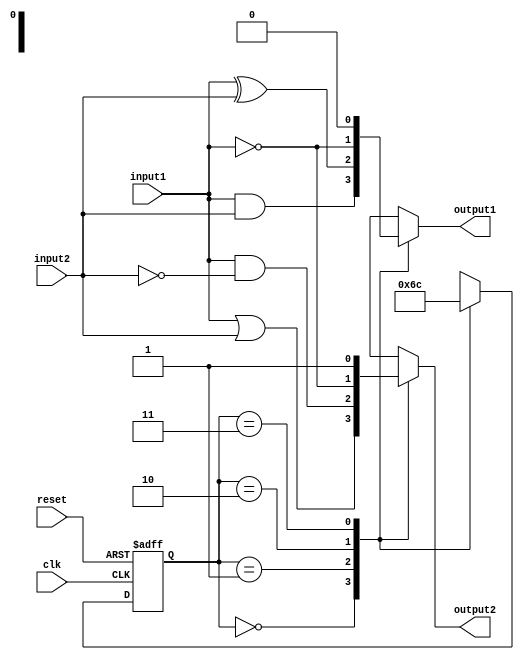
module Moore_State_Machine (
    input wire clk,
    input wire reset,
    input wire input1,
    input wire input2,
    output reg output1,
    output reg output2
);

// Define states
parameter S0 = 2'b00;
parameter S1 = 2'b01;
parameter S2 = 2'b10;
parameter S3 = 2'b11;

// Define state register and next state logic
reg [1:0] state_reg, state_next;
always @(posedge clk or posedge reset) begin
    if (reset) begin
        state_reg <= S0;
    end else begin
        state_reg <= state_next;
    end
end

// Define outputs based on current state
always @* begin
    case (state_reg)
        S0: begin
            output1 = input1 & input2;
            output2 = input1 | input2;
            state_next = S1;
        end
        S1: begin
            output1 = input1 ^ input2;
            output2 = input1 & ~input2;
            state_next = S2;
        end
        S2: begin
            output1 = ~input1;
            output2 = ~input1;
            state_next = S3;
        end
        S3: begin
            output1 = 0;
            output2 = 1;
            state_next = S0;
        end
    endcase
end

endmodule